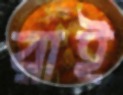
রাই